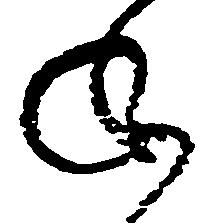
ね